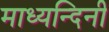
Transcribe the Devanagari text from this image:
माध्यन्दिनी